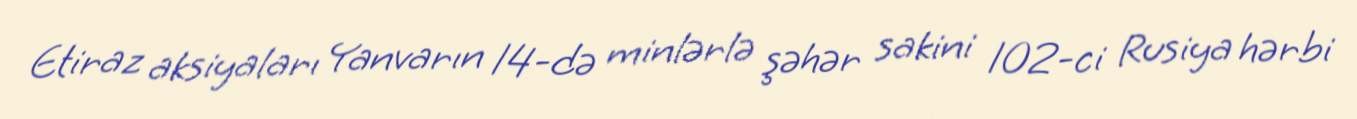
Etiraz aksiyaları Yanvarın 14-də minlərlə şəhər sakini 102-ci Rusiya hərbi